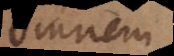
omnem